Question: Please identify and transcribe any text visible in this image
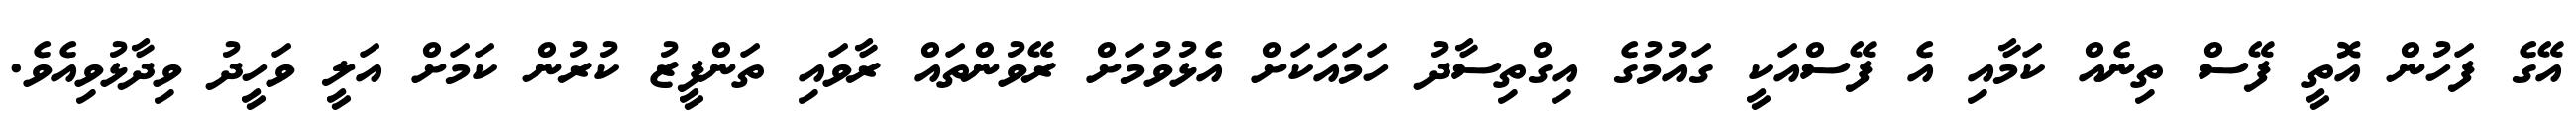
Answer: އޭގެ ފަހުން އޮތީ ފޭސް ތިނެއް ކަމާއި އެ ފޭސްއަކީ ގައުމުގެ އިގްތިސާދު ހަމައަކަށް އެޅުވުމަށް ރޭވުންތައް ރާވައި ތަންފީޒު ކުރުން ކަމަށް އަލީ ވަހީދު ވިދާޅުވިއެވެ.